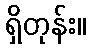
ရှိတုန်း။